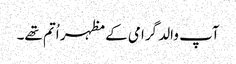
آپ والد گرامی کے مظہر اُتم تھے۔